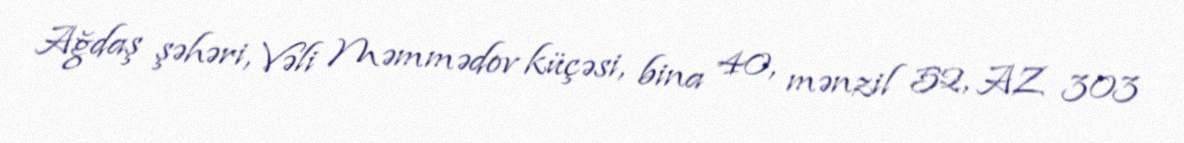
Ağdaş şəhəri, Vəli Məmmədov küçəsi, bina 40, mənzil 52, AZ 303